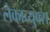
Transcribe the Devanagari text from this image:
लेकाच्युक्स